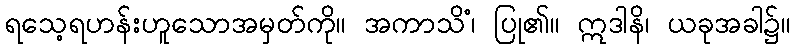
ရသေ့ရဟန်းဟူသောအမှတ်ကို။ အကာသိံ၊ ပြု၏။ ဣဒါနိ၊ ယခုအခါ၌။